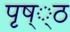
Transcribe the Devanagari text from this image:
पृष््ठ